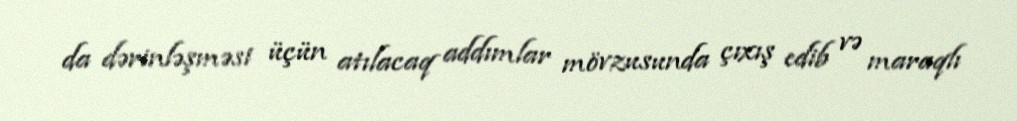
da dərinləşməsi üçün atılacaq addımlar mövzusunda çıxış edib və maraqlı